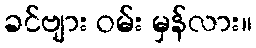
ခင်ဗျား ဝမ်း မှန်လား။